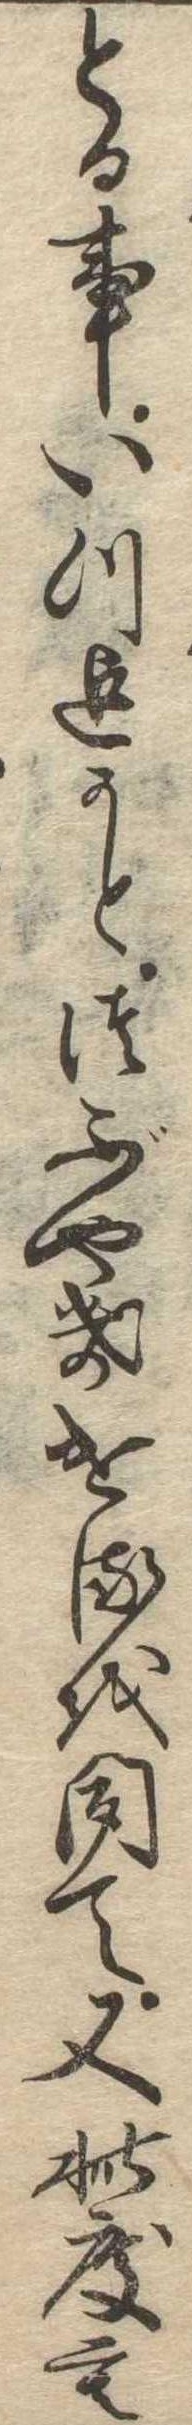
とる事いつ迄かとつぶやきけるを聞て又此度も